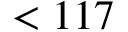
< 1 1 7